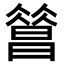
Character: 𣊦